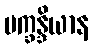
ပက္ခန္ဒိယာန